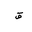
Letter: _qaf